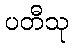
ပတီသု